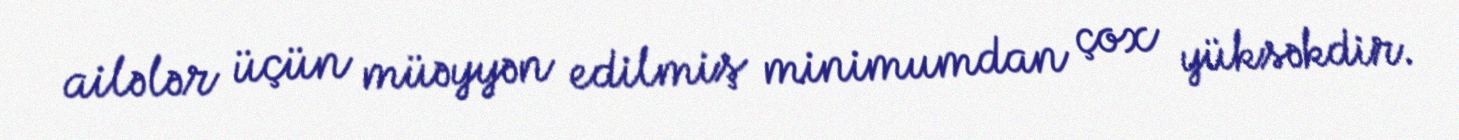
ailələr üçün müəyyən edilmiş minimumdan çox yüksəkdir.